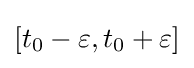
[t_{0}-\varepsilon ,t_{0}+\varepsilon ]